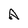
Character: A